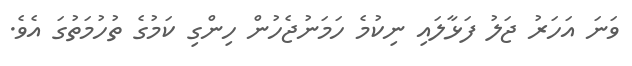
ވަނަ އަހަރު ޖަލު ފަޅާލައި ނިކުމެ ހަމަނުޖެހުން ހިންގި ކަމުގެ ތުހުމަތުގަ އެވެ.